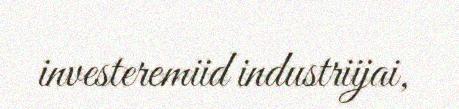
investeremiid industriijai,